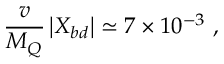
\frac { v } { M _ { Q } } \left\vert X _ { b d } \right\vert \simeq 7 \times 1 0 ^ { - 3 } \ ,